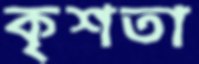
কৃশতা